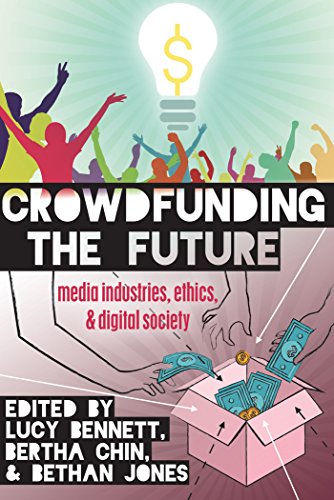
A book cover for Crowdfunding the Future: Media Industries, Ethics, and Digital Society (Digital Formations); Business & Money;